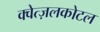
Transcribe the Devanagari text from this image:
क्वेत्ज़लकोटल